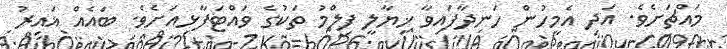
މައްޗަށެވެ. އަދި އެމީހުން ހަނދާފައިވާ ޚިޔާލީ ފިލްމު ތަކުގެ ވައްޓަފާޅިއަށެވެ. ބައެއް ޣައިރު